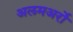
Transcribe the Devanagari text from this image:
अलमअर्रो